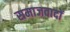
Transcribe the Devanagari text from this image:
समाजवादों